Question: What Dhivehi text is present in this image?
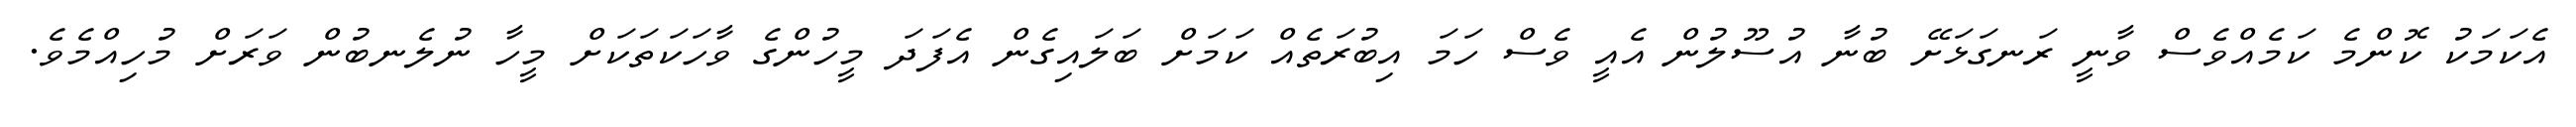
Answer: އެކަމަކު ކޮންމެ ކަމެއްވެސް ވާނީ ރަނގަޅަށޭ ބުނާ އުސޫލުން އެއީ ވެސް ހަމަ އިބުރަތެއް ކަމަށް ބަލައިގެން އެފަދަ މީހުންގެ ވާހަކަތަކަށް މީހާ ނުލެނބުން ވަރަށް މުހިއްމެވެ.